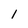
Character: 1